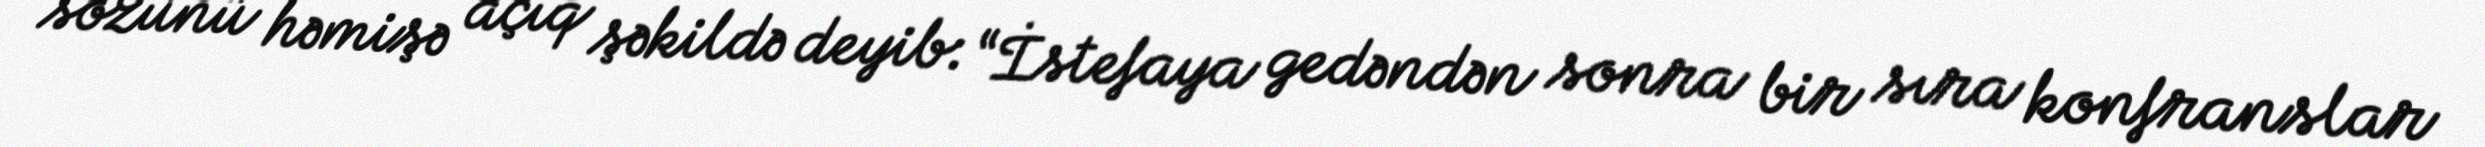
sözünü həmişə açıq şəkildə deyib: “İstefaya gedəndən sonra bir sıra konfranslar